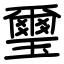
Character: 璽